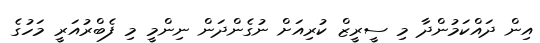
އިން ދައްކަމުންދާ މި ސީރީޒް ކުރިއަށް ނުގެންދަން ނިންމީ މި ފެބްރުއަރީ މަހުގެ